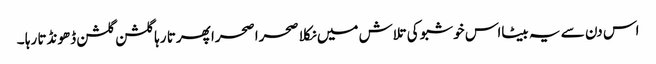
اس دن سے یہ بیٹااس خوشبو کی تلاش میں نکلا صحرا صحرا پھرتا رہا گلشن گلشن ڈھونڈتا رہا ۔